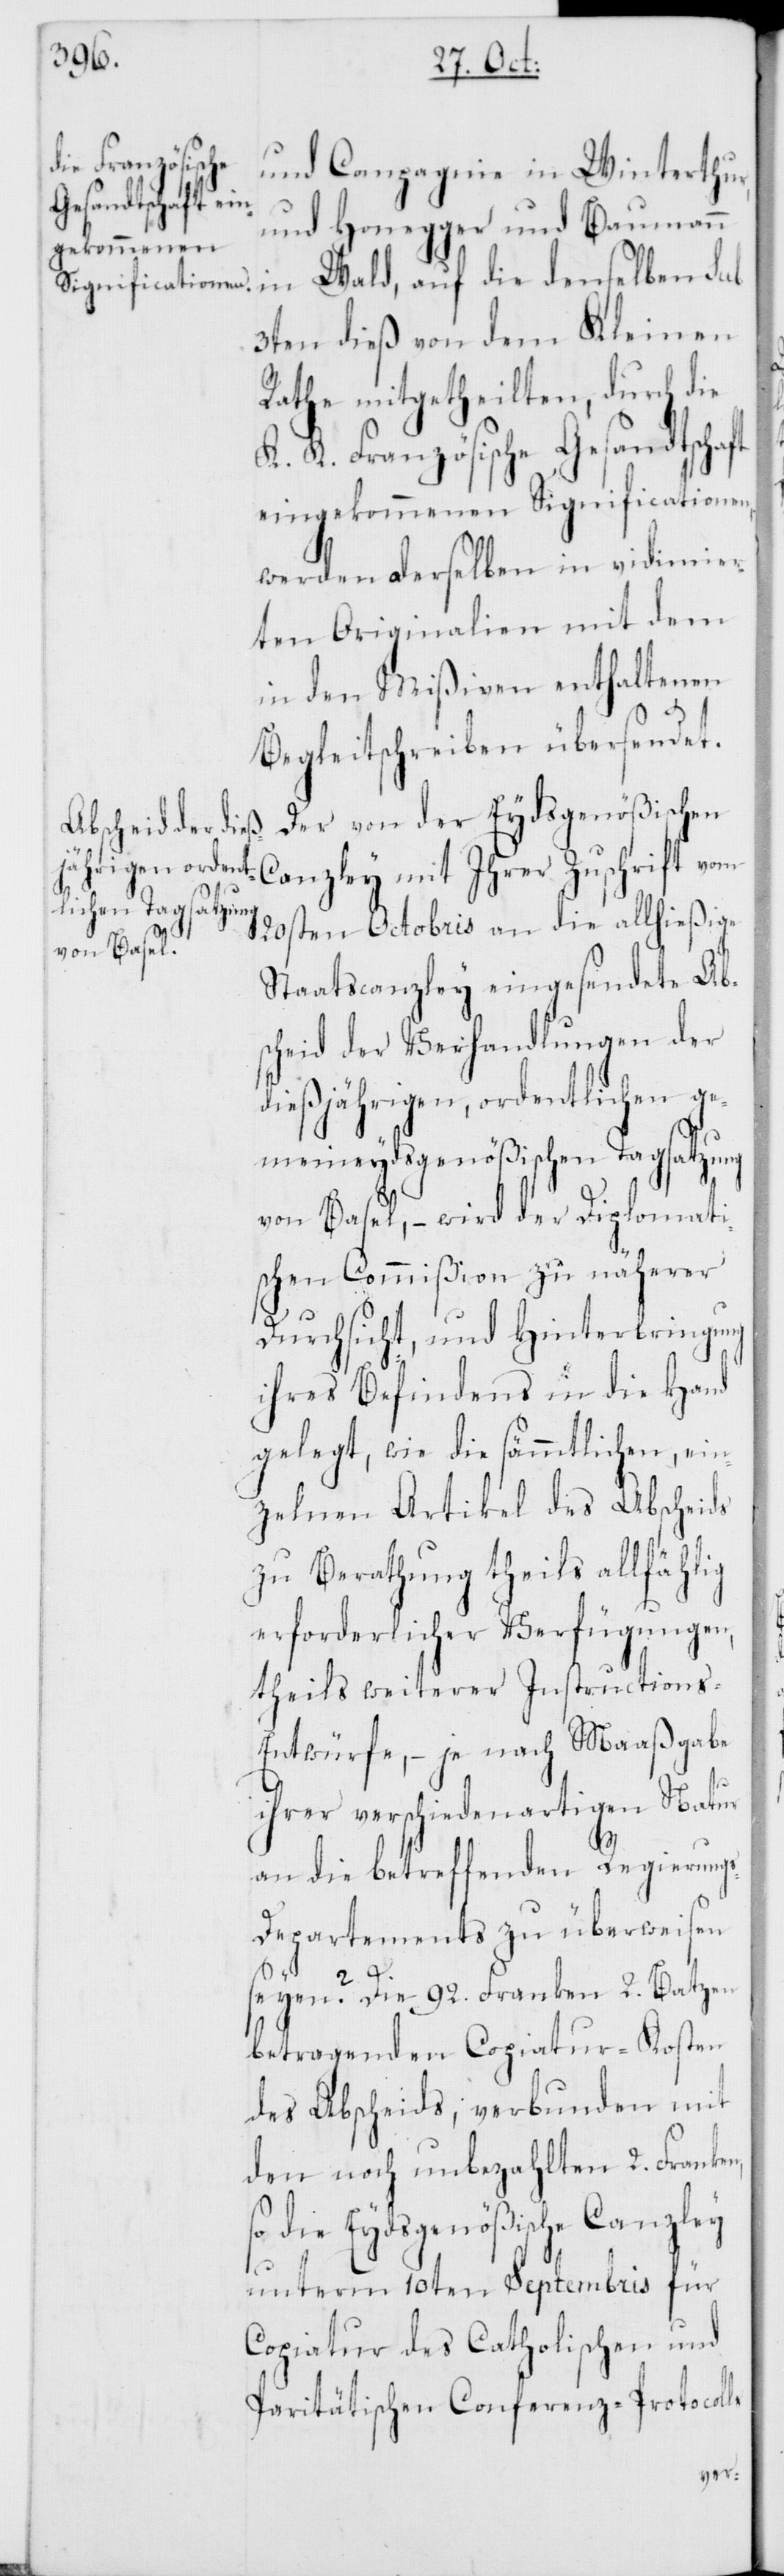
und Compagnie in Winterthur,
und Honegger und Baumann
in Wald, auf die denselben sub
3ten dieß von dem Kleinen
Rathe mitgetheilten, durch die
K. K. Französische Gesandtschaft
eingekommenen Significationen,
werden derselben in vidimier¬
ten Originalien mit dem
in den Mißiven enthaltenen
Begleitschreiben übersendet.
Der von der Eydsgenößischen
20sten Octobris an die allhießige
Staatscanzley eingesendete Abs¬
cheid der Verhandlungen der
dießjährigen, ordentlichen ge¬
meineydsgenößischen Tagsatzung
von Basel, – wird der Diplomati¬
schen Commißion zu näherer
Durchsicht und Hinterbringung
ihres Befindens in die Hand
gelegt, wie die sämmtlichen ein¬
zelnen Artikel des Abscheids
zu Berathung theils allfählig
erforderlicher Verfügungen,
theils weiterer Instructions-E¬
ntwürfe, – je nach Maaßgabe
ihrer verschiedenartigen Natur
an die betreffenden Regierung¬
s-Departements zu überweisen
seyen? Die 92. Franken 2. Batzen
betragenden Copiatur-Kosten
des Abscheids, verbunden mit
den noch unbezahlten 2. Franken,
so die Eydsgenößische Canzley
unterm 10ten Septembris für
Copiatur des Catholischen und
Paritätischen Conferenz-Protocolls